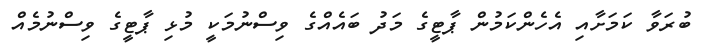
ބުރަވާ ކަމަށާއި އެހެންކަމުން ޕާޓީގެ މަދު ބައެއްގެ ވިސްނުމަކީ މުޅި ޕާޓީގެ ވިސްނުމެއް